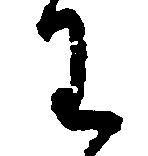
わ